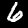
Digit: 6